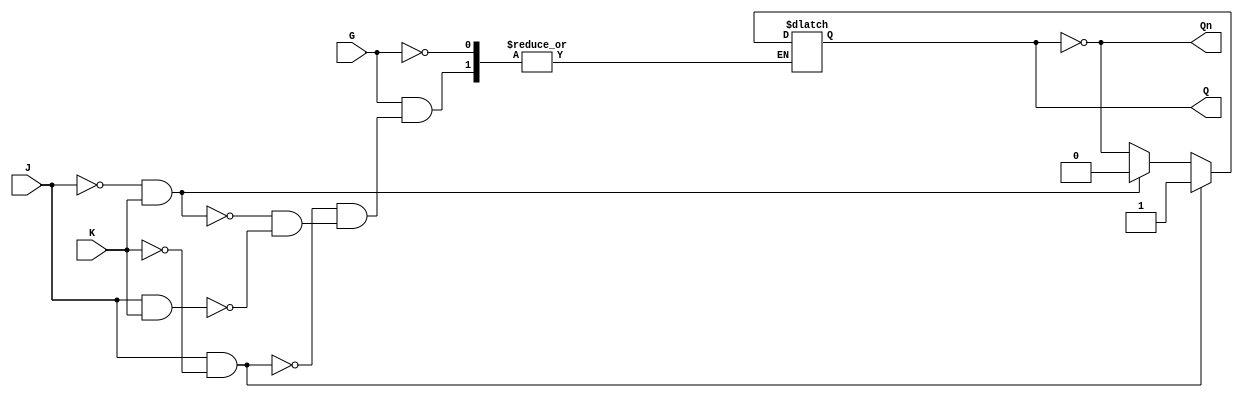
module GatedJKLatch (
    input wire J,    // Set input
    input wire K,    // Reset input
    input wire G,    // Enable input
    output reg Q,    // Output Q
    output wire Qn   // Complement of Q (Q')
);

    assign Qn = ~Q; // Q' is the inverse of Q

    always @ (G or J or K) begin
        if (G) begin
            if (J && ~K) begin
                Q <= 1'b1; // Set condition
            end else if (~J && K) begin
                Q <= 1'b0; // Reset condition
            end else if (J && K) begin
                Q <= ~Q; // Toggle condition
            end
            // If J = 0 and K = 0, Q remains unchanged
        end
        // If G = 0, Q retains its value (memory behavior)
    end

endmodule